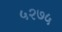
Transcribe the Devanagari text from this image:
५२७५